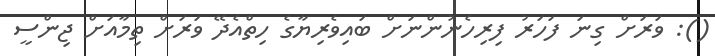
(): ވަރަށް ގިނަ ފަހަރު ފިރިހެނުންނަށް ބައިވެރިޔާގެ ހިތްއެދޭ ވަރަށް ތިމާއަށް ޖިންސީ